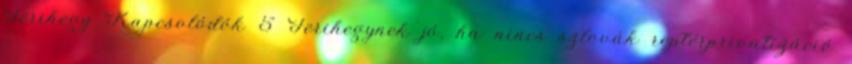
Ferihegy Kapcsolódók 5 Ferihegynek jó, ha nincs szlovák reptérprivatizáció